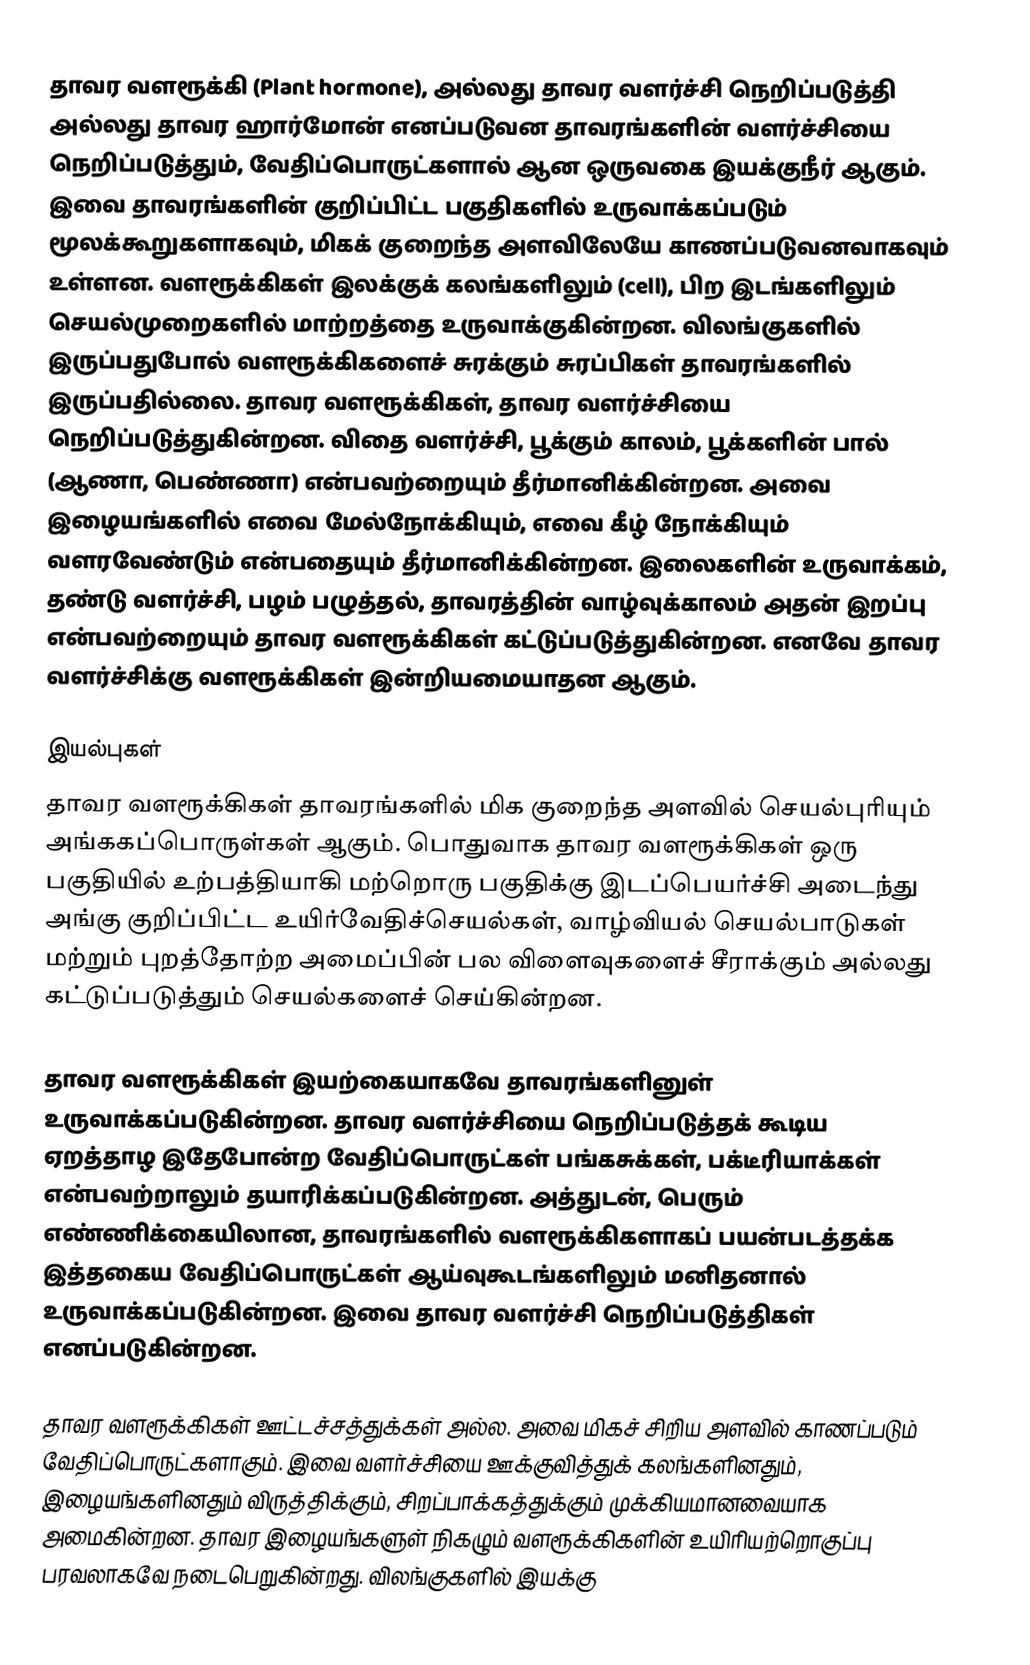
தாவர வளரூக்கி (Plant hormone), அல்லது தாவர வளர்ச்சி நெறிப்படுத்தி அல்லது தாவர ஹார்மோன் எனப்படுவன தாவரங்களின் வளர்ச்சியை நெறிப்படுத்தும், வேதிப்பொருட்களால் ஆன ஒருவகை இயக்குநீர் ஆகும். இவை தாவரங்களின் குறிப்பிட்ட பகுதிகளில் உருவாக்கப்படும் மூலக்கூறுகளாகவும், மிகக் குறைந்த அளவிலேயே காணப்படுவனவாகவும் உள்ளன. வளரூக்கிகள் இலக்குக் கலங்களிலும் (cell), பிற இடங்களிலும் செயல்முறைகளில் மாற்றத்தை உருவாக்குகின்றன. விலங்குகளில் இருப்பதுபோல் வளரூக்கிகளைச் சுரக்கும் சுரப்பிகள் தாவரங்களில் இருப்பதில்லை. தாவர வளரூக்கிகள், தாவர வளர்ச்சியை நெறிப்படுத்துகின்றன. விதை வளர்ச்சி, பூக்கும் காலம், பூக்களின் பால் (ஆணா, பெண்ணா) என்பவற்றையும் தீர்மானிக்கின்றன. அவை  இழையங்களில் எவை மேல்நோக்கியும், எவை கீழ் நோக்கியும் வளரவேண்டும் என்பதையும் தீர்மானிக்கின்றன. இலைகளின் உருவாக்கம், தண்டு வளர்ச்சி, பழம் பழுத்தல், தாவரத்தின் வாழ்வுக்காலம் அதன் இறப்பு என்பவற்றையும் தாவர வளரூக்கிகள் கட்டுப்படுத்துகின்றன. எனவே தாவர வளர்ச்சிக்கு வளரூக்கிகள் இன்றியமையாதன ஆகும்.

இயல்புகள்
தாவர வளரூக்கிகள்  தாவரங்களில் மிக குறைந்த அளவில் செயல்புரியும் அங்ககப்பொருள்கள் ஆகும். பொதுவாக தாவர வளரூக்கிகள் ஒரு பகுதியில் உற்பத்தியாகி மற்றொரு பகுதிக்கு இடப்பெயர்ச்சி அடைந்து அங்கு குறிப்பிட்ட உயிர்வேதிச்செயல்கள், வாழ்வியல் செயல்பாடுகள்  மற்றும் புறத்தோற்ற அமைப்பின் பல விளைவுகளைச் சீராக்கும் அல்லது கட்டுப்படுத்தும் செயல்களைச் செய்கின்றன.

தாவர வளரூக்கிகள் இயற்கையாகவே தாவரங்களினுள் உருவாக்கப்படுகின்றன. தாவர வளர்ச்சியை நெறிப்படுத்தக் கூடிய ஏறத்தாழ இதேபோன்ற வேதிப்பொருட்கள் பங்கசுக்கள், பக்டீரியாக்கள் என்பவற்றாலும் தயாரிக்கப்படுகின்றன. அத்துடன், பெரும் எண்ணிக்கையிலான, தாவரங்களில் வளரூக்கிகளாகப் பயன்படத்தக்க இத்தகைய வேதிப்பொருட்கள் ஆய்வுகூடங்களிலும் மனிதனால் உருவாக்கப்படுகின்றன. இவை தாவர வளர்ச்சி நெறிப்படுத்திகள் எனப்படுகின்றன.

தாவர வளரூக்கிகள் ஊட்டச்சத்துக்கள் அல்ல. அவை மிகச் சிறிய அளவில் காணப்படும் வேதிப்பொருட்களாகும். இவை வளர்ச்சியை ஊக்குவித்துக் கலங்களினதும், இழையங்களினதும் விருத்திக்கும், சிறப்பாக்கத்துக்கும் முக்கியமானவையாக அமைகின்றன. தாவர இழையங்களுள் நிகழும் வளரூக்கிகளின் உயிரியற்றொகுப்பு பரவலாகவே நடைபெறுகின்றது. விலங்குகளில் இயக்கு